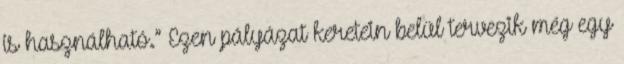
is használható.” Ezen pályázat keretein belül tervezik még egy